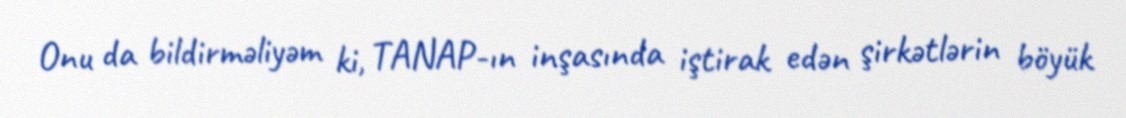
Onu da bildirməliyəm ki, TANAP-ın inşasında iştirak edən şirkətlərin böyük